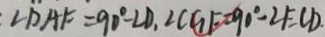
\angle D A F = 9 0 ^ { \circ } - \angle D , \angle C G F = 9 0 ^ { \circ } - \angle F = \angle D